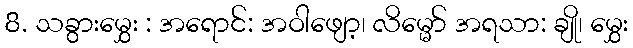
8. သခွားမွှေး : အရောင်: အဝါဖျော့၊ လိမ္မော် အရသာ: ချို၊ မွှေး